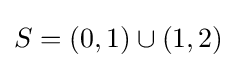
S=(0,1)\cup (1,2)